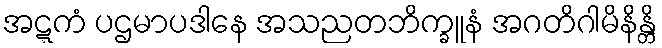
အဋ္ဋကံ ပဌမာပဒါနေ အသညတဘိက္ခူနံ အဂတိဂါမိနိန္တိ